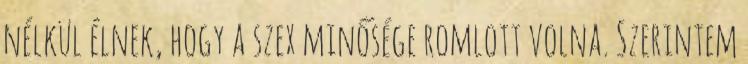
nélkül élnek, hogy a szex minősége romlott volna. Szerintem